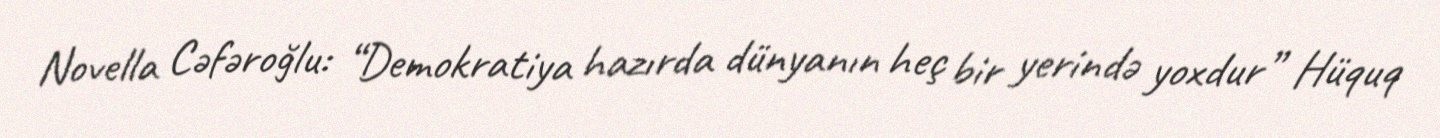
Novella Cəfəroğlu: “Demokratiya hazırda dünyanın heç bir yerində yoxdur” Hüquq